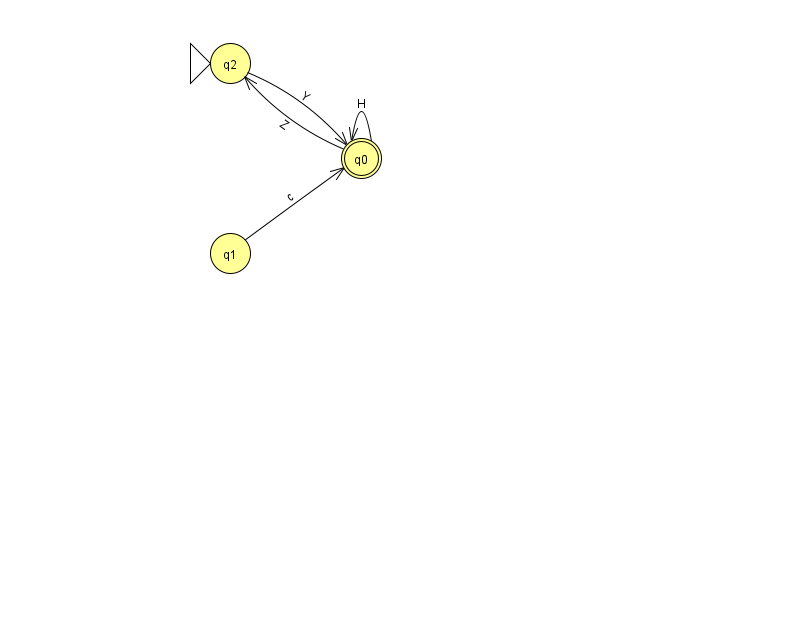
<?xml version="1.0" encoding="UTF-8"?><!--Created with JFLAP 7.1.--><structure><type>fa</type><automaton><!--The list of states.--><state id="0" name="q0"><x>361.0</x><y>145.0</y><final/></state><state id="1" name="q1"><x>230.0</x><y>240.0</y></state><state id="2" name="q2"><x>230.0</x><y>50.0</y><initial/></state><!--The list of transitions.--><transition><from>1</from><to>0</to><read>c</read></transition><transition><from>0</from><to>0</to><read>H</read></transition><transition><from>0</from><to>2</to><read>Z</read></transition><transition><from>2</from><to>0</to><read>Y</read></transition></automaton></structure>